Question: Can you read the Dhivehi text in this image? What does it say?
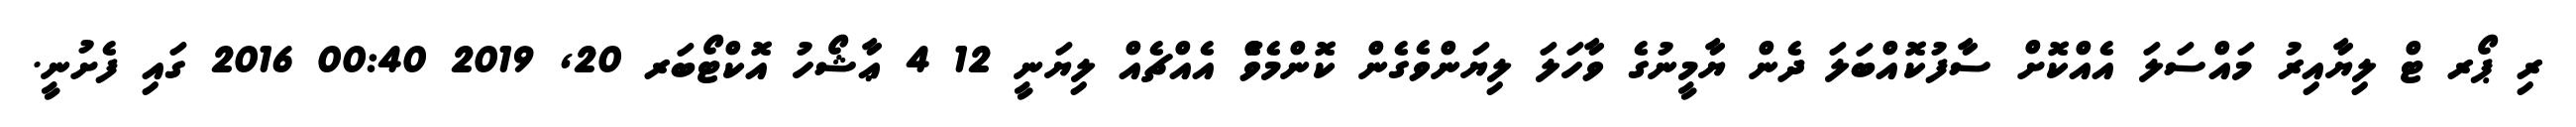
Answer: ރި ޕޯރ ޓް ލިޔާއިރު މައްސަލަ އެއްކޮށް ސާފުކޮއްބަލަ ދެން ޔާމީނުގެ ވާހަލަ ލިޔަންވެގެން ކޮންމެވެަް އެއްޗެއް ލިޔަނީ 12 4 ޢާޝޯހު އޮކްޓޯބަރ 20, 2019 00:40 2016 ގައި ފެށުނީ.